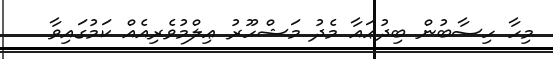
މިހާ ހިސާބުން ބިދުޢައާ މެދު މަޝްހޫރު ޢިލްމުވެރިއެއް ކަމުގައިވާ